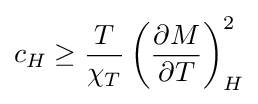
c_{H}\geq {\frac {T}{\chi _{T}}}\left({\frac {\partial M}{\partial T}}\right)_{H}^{2}